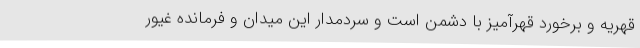
قهریه و برخورد قهرآمیز با دشمن است و سردمدار این میدان و فرمانده غیور